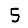
Digit: 5